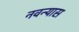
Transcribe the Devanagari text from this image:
नवन्यास